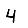
Digit: 4